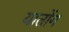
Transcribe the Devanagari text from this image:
यातोंग